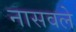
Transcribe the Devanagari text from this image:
नासवले